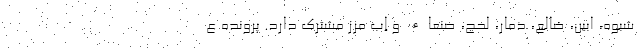
شبوه، ابین، ضالع، ذمار، لحج، صنعاء و ِإب مرز مشترک دارد. پرونده ع